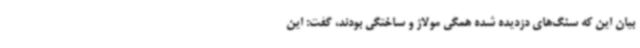
بیان این که سنگ‌های دزدیده شده همگی مولاژ و ساختگی بودند، گفت: این